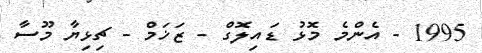
1995 - އެންމެ މޮޅު ޑައިލޮގް - ޒަޚަމް - ޗިޅިޔާ މޫސާ